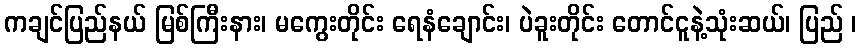
ကချင်ပြည်နယ် မြစ်ကြီးနား၊ မကွေးတိုင်း ရေနံချောင်း၊ ပဲခူးတိုင်း တောင်ငူနဲ့သုံးဆယ်၊ ပြည် ၊